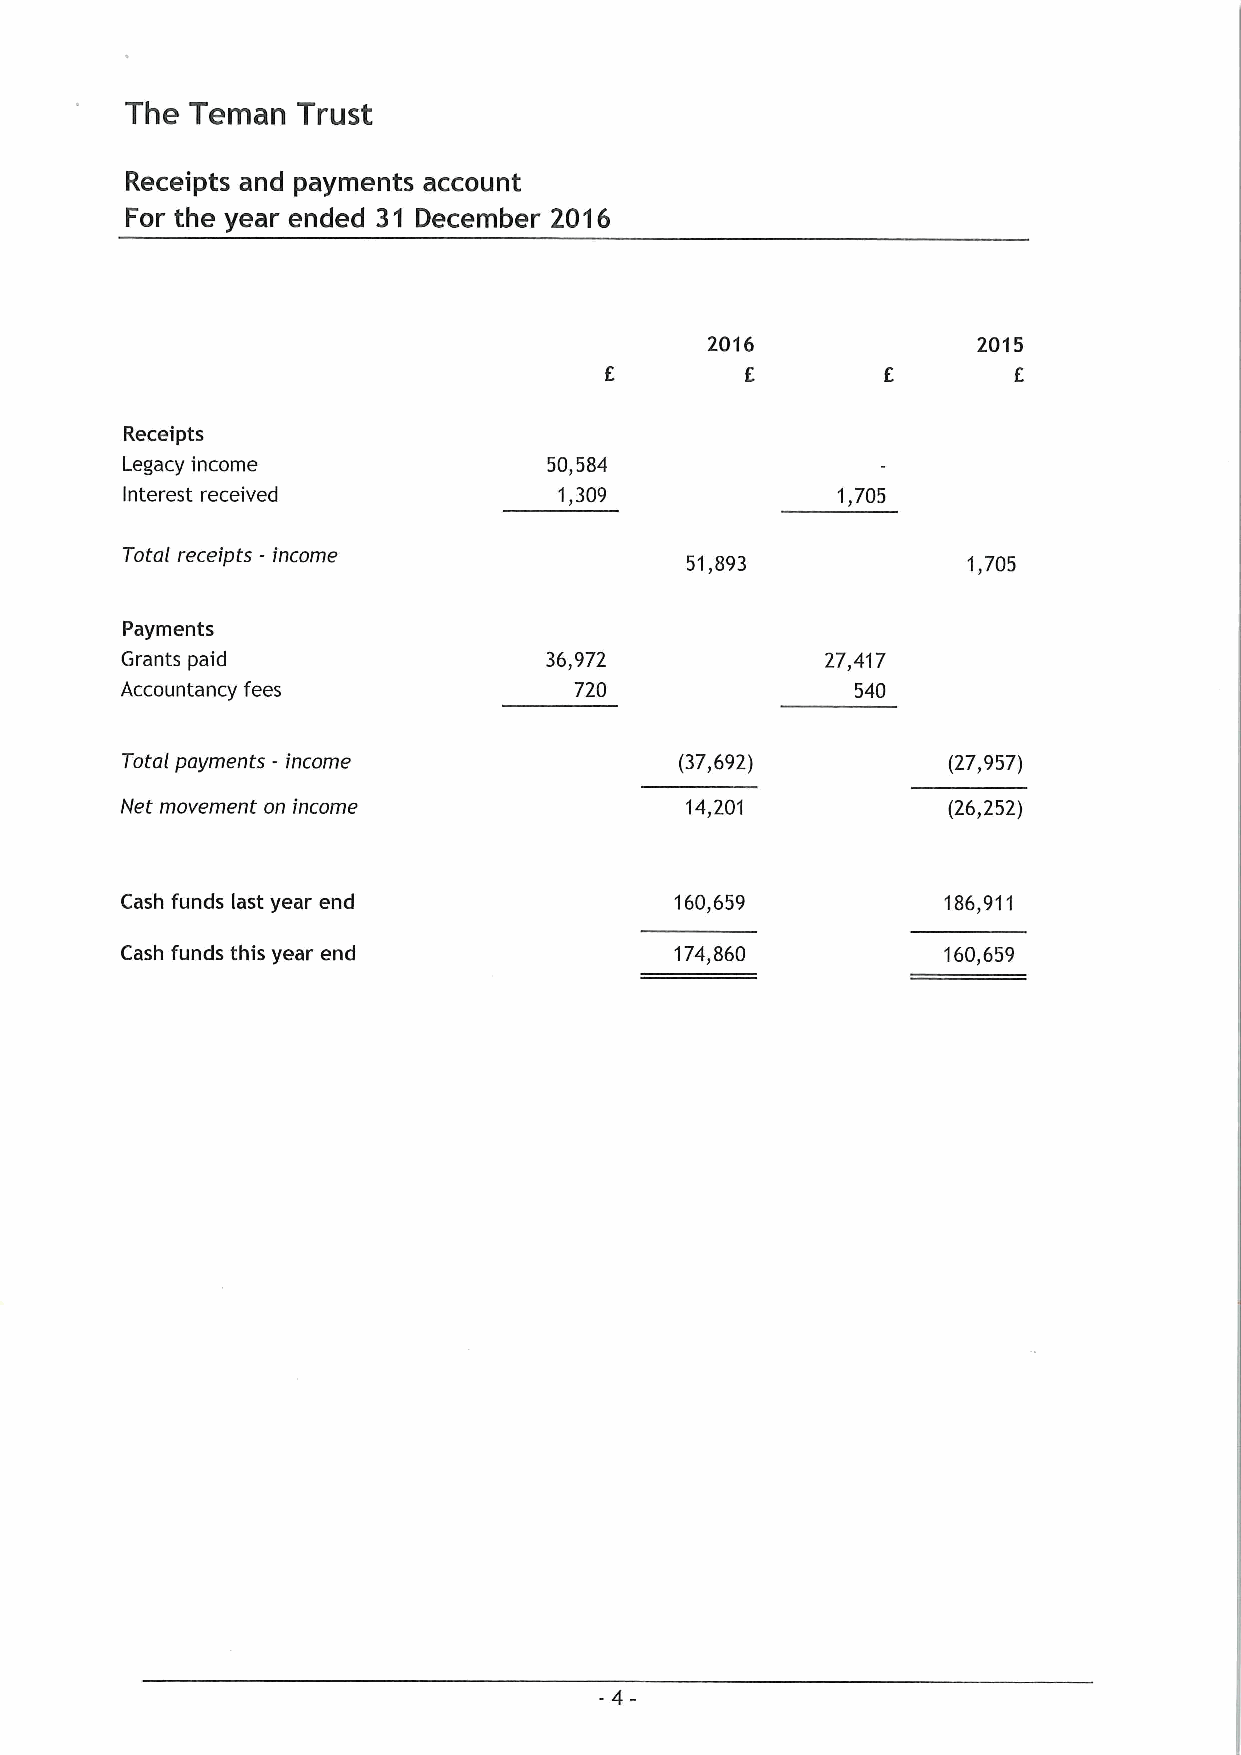
The  Teman  Trust
 Receipts and payments account
 For the year ended 31 December 2016
 2016              2015
 E                 E
 Receipts
 Legacy income               50,584
 Interest received            1,309             1,705
 Total receipts - income
 51,893             1,705
 Payments
 Grants paid                 36,972             27,417
 Accountancy fees              720                540
 Total payments - income              (37,692)          (27,957)
 Net movement on income               14,201            (26,252)
 Cash funds last year end             160,659          186,911
 Cash funds this year end             174,860          160,659